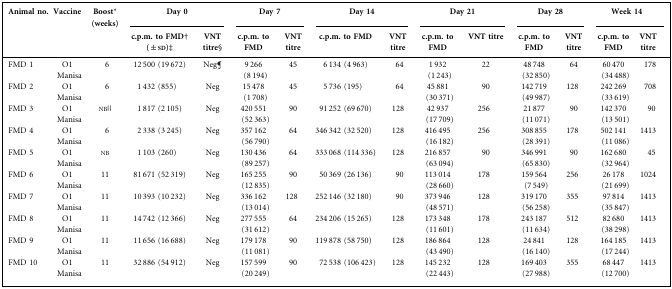
<table><thead><tr><td><b>Animal no.</b></td><td><b>Vaccine</b></td><td><b>Boost* (weeks)</b></td><td colspan="2"><b>Day 0</b></td><td colspan="2"><b>Day 7</b></td><td colspan="2"><b>Day 14</b></td><td colspan="2"><b>Day 21</b></td><td colspan="2"><b>Day 28</b></td><td colspan="2"><b>Week 14</b></td></tr><tr><td></td><td></td><td></td><td><b>c.p.m. to FMD† (±sd)‡</b></td><td><b>VNT titre§</b></td><td><b>c.p.m. to FMD</b></td><td><b>VNT titre</b></td><td><b>c.p.m. to FMD</b></td><td><b>VNT titre</b></td><td><b>c.p.m. to FMD</b></td><td><b>VNT titre</b></td><td><b>c.p.m. to FMD</b></td><td><b>VNT titre</b></td><td><b>c.p.m. to FMD</b></td><td><b>VNT titre</b></td></tr></thead><tbody><tr><td>FMD 1</td><td>O1 Manisa</td><td>6</td><td>12 500 (19 672)</td><td>Neg¶</td><td>9 266 (8 194)</td><td>45</td><td>6 134 (4 963)</td><td>64</td><td>1 932 (1 243)</td><td>22</td><td>48 748 (32 850)</td><td>64</td><td>60 470 (34 488)</td><td>178</td></tr><tr><td>FMD 2</td><td>O1 Manisa</td><td>6</td><td>1 432 (855)</td><td>Neg</td><td>15 478 (1 708)</td><td>45</td><td>5 736 (195)</td><td>64</td><td>45 881 (30 371)</td><td>90</td><td>142 719 (49 987)</td><td>128</td><td>242 269 (33 619)</td><td>708</td></tr><tr><td>FMD 3</td><td>O1 Manisa</td><td>nb||</td><td>1 817 (2 105)</td><td>Neg</td><td>420 551 (52 363)</td><td>90</td><td>91 252 (69 670)</td><td>128</td><td>42 937 (17 709)</td><td>256</td><td>21 877 (11 071)</td><td>90</td><td>142 370 (13 501)</td><td>90</td></tr><tr><td>FMD 4</td><td>O1 Manisa</td><td>6</td><td>2 338 (3 245)</td><td>Neg</td><td>357 162 (56 790)</td><td>64</td><td>346 342 (32 520)</td><td>128</td><td>416 495 (16 182)</td><td>256</td><td>308 855 (28 391)</td><td>178</td><td>502 141 (11 086)</td><td>1413</td></tr><tr><td>FMD 5</td><td>O1 Manisa</td><td>nb</td><td>1 103 (260)</td><td>Neg</td><td>130 436 (89 257)</td><td>64</td><td>333 068 (114 336)</td><td>128</td><td>216 857 (63 094)</td><td>90</td><td>346 991 (65 830)</td><td>90</td><td>162 680 (32 964)</td><td>45</td></tr><tr><td>FMD 6</td><td>O1 Manisa</td><td>11</td><td>81 671 (52 319)</td><td>Neg</td><td>165 255 (12 835)</td><td>90</td><td>50 369 (26 136)</td><td>90</td><td>113 014 (28 660)</td><td>178</td><td>159 564 (7 549)</td><td>256</td><td>26 178 (21 699)</td><td>1024</td></tr><tr><td>FMD 7</td><td>O1 Manisa</td><td>11</td><td>10 393 (10 232)</td><td>Neg</td><td>336 162 (13 014)</td><td>128</td><td>252 146 (32 180)</td><td>90</td><td>373 946 (48 571)</td><td>128</td><td>319 170 (56 258)</td><td>355</td><td>97 814 (35 847)</td><td>1413</td></tr><tr><td>FMD 8</td><td>O1 Manisa</td><td>11</td><td>14 742 (12 366)</td><td>Neg</td><td>277 555 (31 612)</td><td>64</td><td>234 206 (15 265)</td><td>128</td><td>173 348 (11 601)</td><td>178</td><td>243 187 (11 634)</td><td>512</td><td>82 680 (38 298)</td><td>1413</td></tr><tr><td>FMD 9</td><td>O1 Manisa</td><td>11</td><td>11 656 (16 688)</td><td>Neg</td><td>179 178 (11 081)</td><td>90</td><td>119 878 (58 750)</td><td>128</td><td>186 864 (43 490)</td><td>128</td><td>24 841 (16 140)</td><td>128</td><td>164 185 (17 244)</td><td>1413</td></tr><tr><td>FMD 10</td><td>O1 Manisa</td><td>11</td><td>32 886 (54 912)</td><td>Neg</td><td>157 599 (20 249)</td><td>90</td><td>72 538 (106 423)</td><td>128</td><td>145 232 (22 443)</td><td>128</td><td>169 403 (27 988)</td><td>355</td><td>68 447 (12 700)</td><td>1413</td></tr></tbody></table>